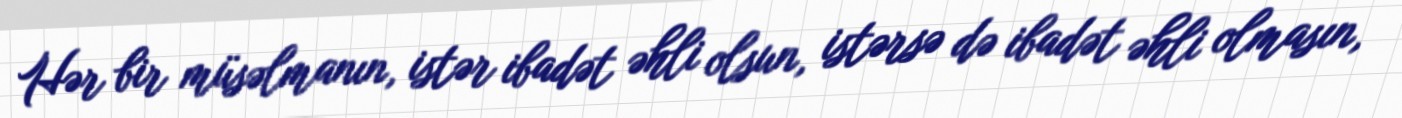
Hər bir müsəlmanın, istər ibadət əhli olsun, istərsə də ibadət əhli olmasın,